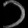
Digit: ၁